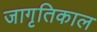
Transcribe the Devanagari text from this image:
जागृतिकाल